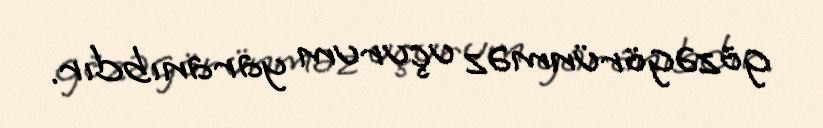
gözəgörünməz uçurum yaranıbdır.